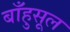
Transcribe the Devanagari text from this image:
बाँहुसूल